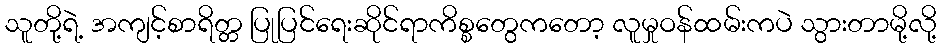
သူတို့ရဲ့ အကျင့်စာရိတ္တ ပြုပြင်ရေးဆိုင်ရာကိစ္စတွေကတော့ လူမှုဝန်ထမ်းကပဲ သွားတာမို့လို့